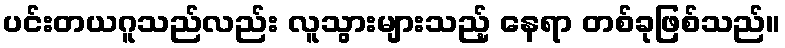
ပင်းတယဂူသည်လည်း လူသွားများသည့် နေရာ တစ်ခုဖြစ်သည်။